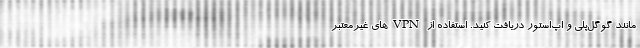
مانند گوگل‌پلی و اپ‌استور دریافت کنید. استفاده از VPN‌های غیرمعتبر